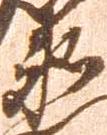
衛